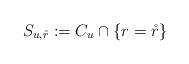
LaTeX: \begin{align*} S_{u,\mathring r}:=C_u\cap\{r=\mathring r\}\end{align*}